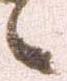
候